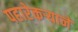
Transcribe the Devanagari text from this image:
पहारेकर्‍याने